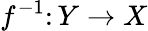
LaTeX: f^{-1}\colon Y\to X